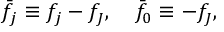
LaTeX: \bar { f } _ { j } \equiv f _ { j } - f _ { J } , \quad \bar { f } _ { 0 } \equiv - f _ { J } ,